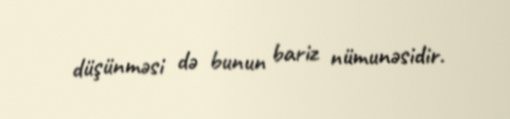
düşünməsi də bunun bariz nümunəsidir.